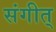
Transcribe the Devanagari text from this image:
संगीत्